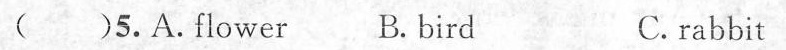
( )5.A.Flower B. bird C. rabbit